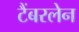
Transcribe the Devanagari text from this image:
टैंबरलेन